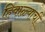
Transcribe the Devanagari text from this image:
हिवाळ्याची